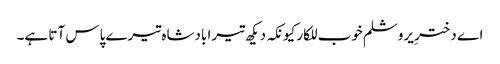
اے دخترِ یروشلم خوب للکار کیونکہ دیکھ تیرا بادشاہ تیرے پاس آتا ہے۔